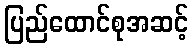
ပြည်ထောင်စုအဆင့်